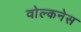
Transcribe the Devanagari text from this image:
वोल्कनेस